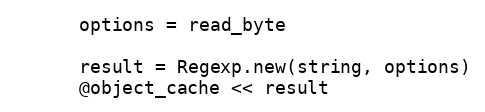
Language: Ruby
      options = read_byte

      result = Regexp.new(string, options)
      @object_cache << result